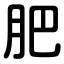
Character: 肥